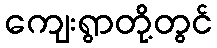
ကျေးရွာတို့တွင်